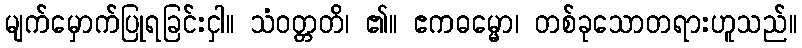
မျက်မှောက်ပြုရခြင်းငှါ။ သံဝတ္တတိ၊ ၏။ ဧကဓမ္မော၊ တစ်ခုသောတရားဟူသည်။